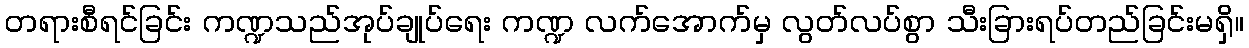
တရားစီရင်ခြင်း ကဏ္ဍသည်အုပ်ချုပ်ရေး ကဏ္ဍ လက်အောက်မှ လွတ်လပ်စွာ သီးခြားရပ်တည်ခြင်းမရှိ။